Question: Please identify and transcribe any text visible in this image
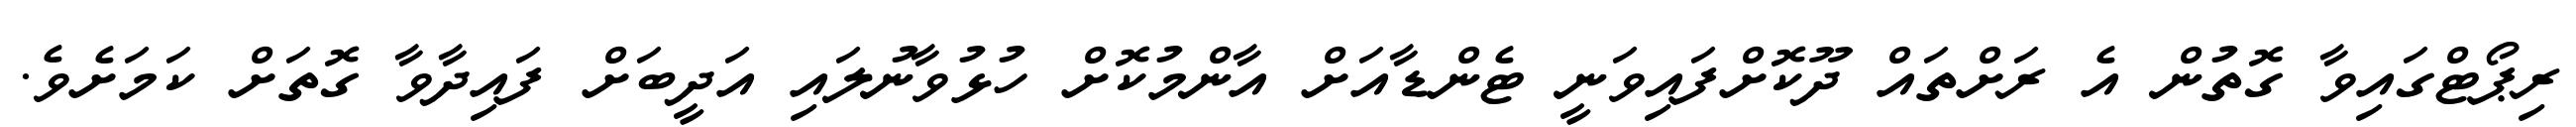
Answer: ރިޕޯޓްގައިވާ ގޮތުން އެ ރަށްތައް ދޫކޮށްފައިވަނީ ޓެންޑާއަށް އާންމުކޮށް ހުޅުވާނުލައި އަދީބަށް ފައިދާވާ ގޮތަށް ކަމަށެވެ.